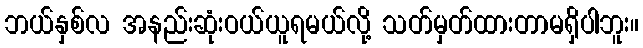
ဘယ်နှစ်လ အနည်းဆုံးဝယ်ယူရမယ်လို့ သတ်မှတ်ထားတာမရှိပါဘူး။